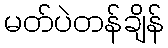
မတ်ပဲတန်ချိန်